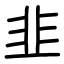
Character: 韭